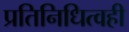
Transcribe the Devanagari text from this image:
प्रतिनिधित्वही